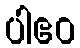
ပါဧဝ